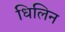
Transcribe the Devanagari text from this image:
धिलिन